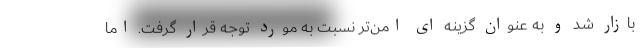
بازار شد و به عنوان گزینه ای امن‌تر نسبت به مورد توجه قرار گرفت. اما